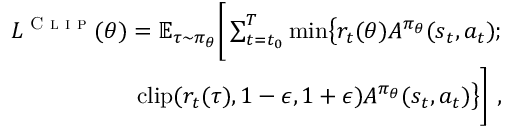
\begin{array} { r } { L ^ { \textsc { C l i p } } ( \theta ) = \mathbb { E } _ { \tau \sim \pi _ { \theta } } \Bigg [ \sum _ { { t = t _ { 0 } } } ^ { T } \mathrm { m i n } \big \lbrace r _ { t } ( \theta ) A ^ { \pi _ { \theta } } ( s _ { t } , a _ { t } ) ; } \\ { \mathrm { c l i p } ( r _ { t } ( \tau ) , 1 - \epsilon , 1 + \epsilon ) A ^ { \pi _ { \theta } } ( s _ { t } , a _ { t } ) \big \rbrace \Bigg ] ~ , } \end{array}